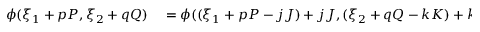
\begin{array} { r l } { \phi ( \xi _ { 1 } + p P , \xi _ { 2 } + q Q ) } & { { } = \phi ( ( \xi _ { 1 } + p P - j J ) + j J , ( \xi _ { 2 } + q Q - k K ) + k K ) } \end{array}